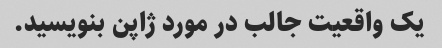
یک واقعیت جالب در مورد ژاپن بنویسید.